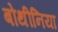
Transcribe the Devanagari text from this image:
बोथीनिया